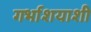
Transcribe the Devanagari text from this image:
गर्भाशयाशी